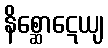
နိစ္ဆောဋေယျ